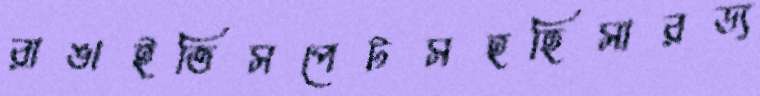
রাঙাইতিসপেটসহহিসারড্য